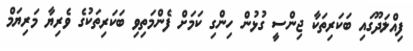
ފިއްލަދޫގައި ބަކަރިތަކާ ޖިންސީ ގުޅުން ހިންގި ކަމަށް ފެންމަތިވި ބަކަރިތަކުގެ ވެރިޔާ މަރިޔަމް